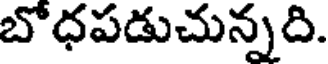
బొధపడుచున్నది.